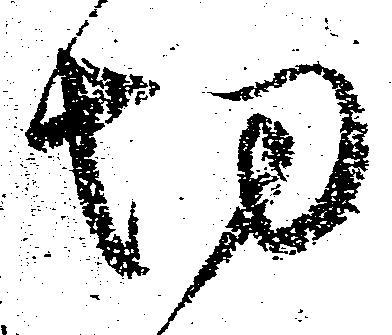
切